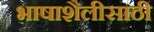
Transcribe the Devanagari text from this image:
भाषाशैलीसाठी